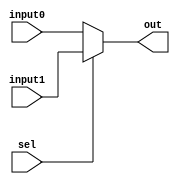
// Module Name: Mux 2 to 1
// Project Name: Mips Processor

module mux2to1 #(parameter n_bit=32) 
(
  input [n_bit-1 : 0] input0,input1,
  input sel,
  output [n_bit-1 : 0] out
);
assign out = sel? input1:input0 ;
endmodule